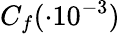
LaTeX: C_{f}(\cdot 10^{-3})